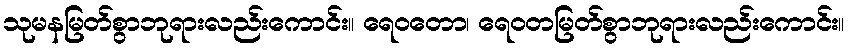
သုမနမြတ်စွာဘုရားလည်းကောင်း။ ရေဝတော၊ ရေဝတမြတ်စွာဘုရားလည်းကောင်း။